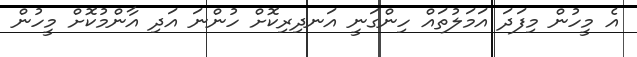
އެ މީހުން މިފަދަ އަމަލުތައް ހިންގަނީ އަނދިރިކޮށް ހުންނަ އަދި އާންމުކޮށް މީހުން